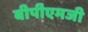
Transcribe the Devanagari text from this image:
बीपीएमजी